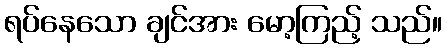
ရပ်နေသော ချင်အား မော့ကြည့် သည်။